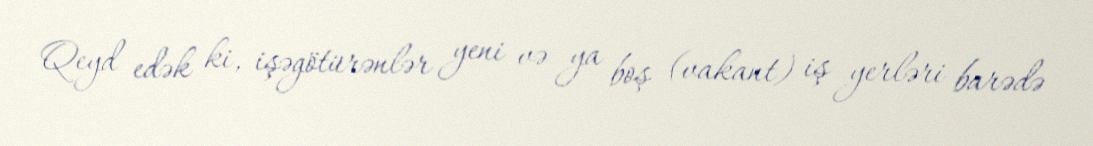
Qeyd edək ki, işəgötürənlər yeni və ya boş (vakant) iş yerləri barədə